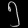
Digit: ၅